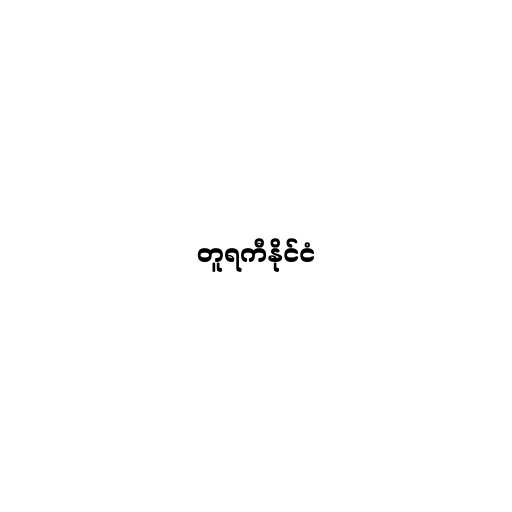
တူရကီနိုင်ငံ